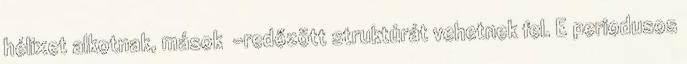
hélixet alkotnak, mások β-redőzött struktúrát vehetnek fel. E periodusos